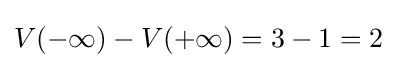
V(-\infty )-V(+\infty )=3-1=2